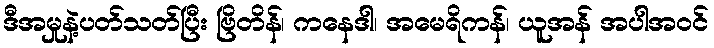
ဒီအမှုနဲ့ပတ်သတ်ပြီး ဗြိတိန်၊ ကနေဒါ၊ အမေရိကန်၊ ယူအန် အပါအဝင်